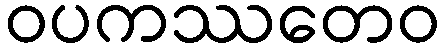
ဝပကဿတေဝ